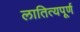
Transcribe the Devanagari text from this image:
लातित्यपूर्ण